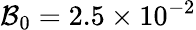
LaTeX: \mathcal{B}_{0}=2.5\times 10^{-2}